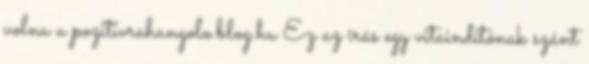
volna a pozitivrahangolo.blog.hu Ez az írás egy vitaindítónak szánt